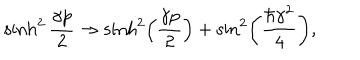
LaTeX: \sinh ^ { 2 } \frac { \gamma p } { 2 } \rightarrow \sinh ^ { 2 } \left( \frac { \gamma p } { 2 } \right) + \sin ^ { 2 } \left( \frac { \hbar \gamma ^ { 2 } } { 4 } \right) ,